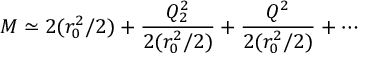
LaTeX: M \simeq 2 ( r _ { 0 } ^ { 2 } / 2 ) + \frac { Q _ { 2 } ^ { 2 } } { 2 ( r _ { 0 } ^ { 2 } / 2 ) } + \frac { Q ^ { 2 } } { 2 ( r _ { 0 } ^ { 2 } / 2 ) } + \cdots